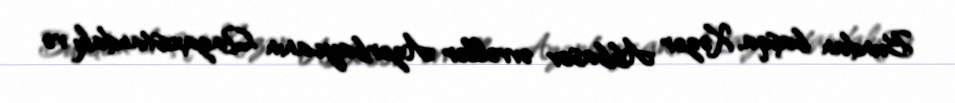
Bundan başqa, Xəzər Abbasov əvvəllər Azərbaycanın Qazaxıstandakı və